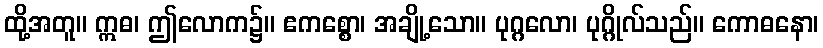
ထို့အတူ။ ဣဓ၊ ဤလောက၌။ ဧကစ္စော၊ အချို့သော။ ပုဂ္ဂလော၊ ပုဂ္ဂိုလ်သည်။ ကောဓနော၊